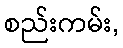
စည်းကမ်း,